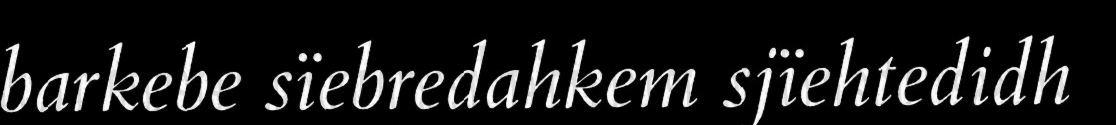
barkebe sïebredahkem sjïehtedidh